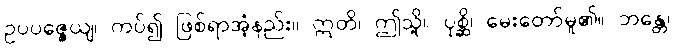
ဥပပဇ္ဇေယျ၊ ကပ်၍ ဖြစ်ရာအံ့နည်း။ ဣတိ၊ ဤသို့။ ပုစ္ဆိ၊ မေးတော်မူ၏။ ဘန္တေ၊